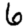
Digit: 6